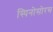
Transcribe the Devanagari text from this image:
स्‍पिनोसोरस